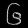
Digit: ၆